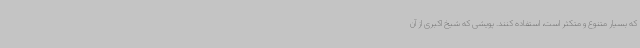
که بسیار متنوع و متکثر است، استفاده کنند. پویشی که شیخ اکبری از آن